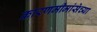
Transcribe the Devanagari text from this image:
कारणमीमांसेच्या